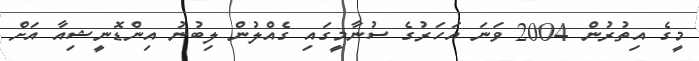
މީގެ އިތުރުން 2004 ވަނަ އަހަރުގެ ސުނާމީގައި ގެއްލުން ލިބުނު އިންޑޮނީޝިއާ އަށް